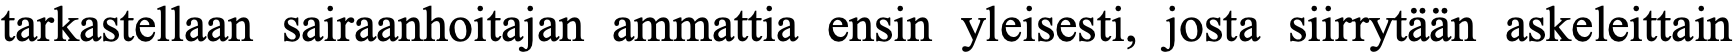
tarkastellaan sairaanhoitajan ammattia ensin yleisesti, josta siirrytään askeleittain